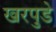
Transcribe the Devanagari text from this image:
खरपुडे